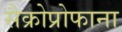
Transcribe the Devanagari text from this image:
सैक्रोप्रोफाना